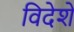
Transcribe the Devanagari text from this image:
विदेशे